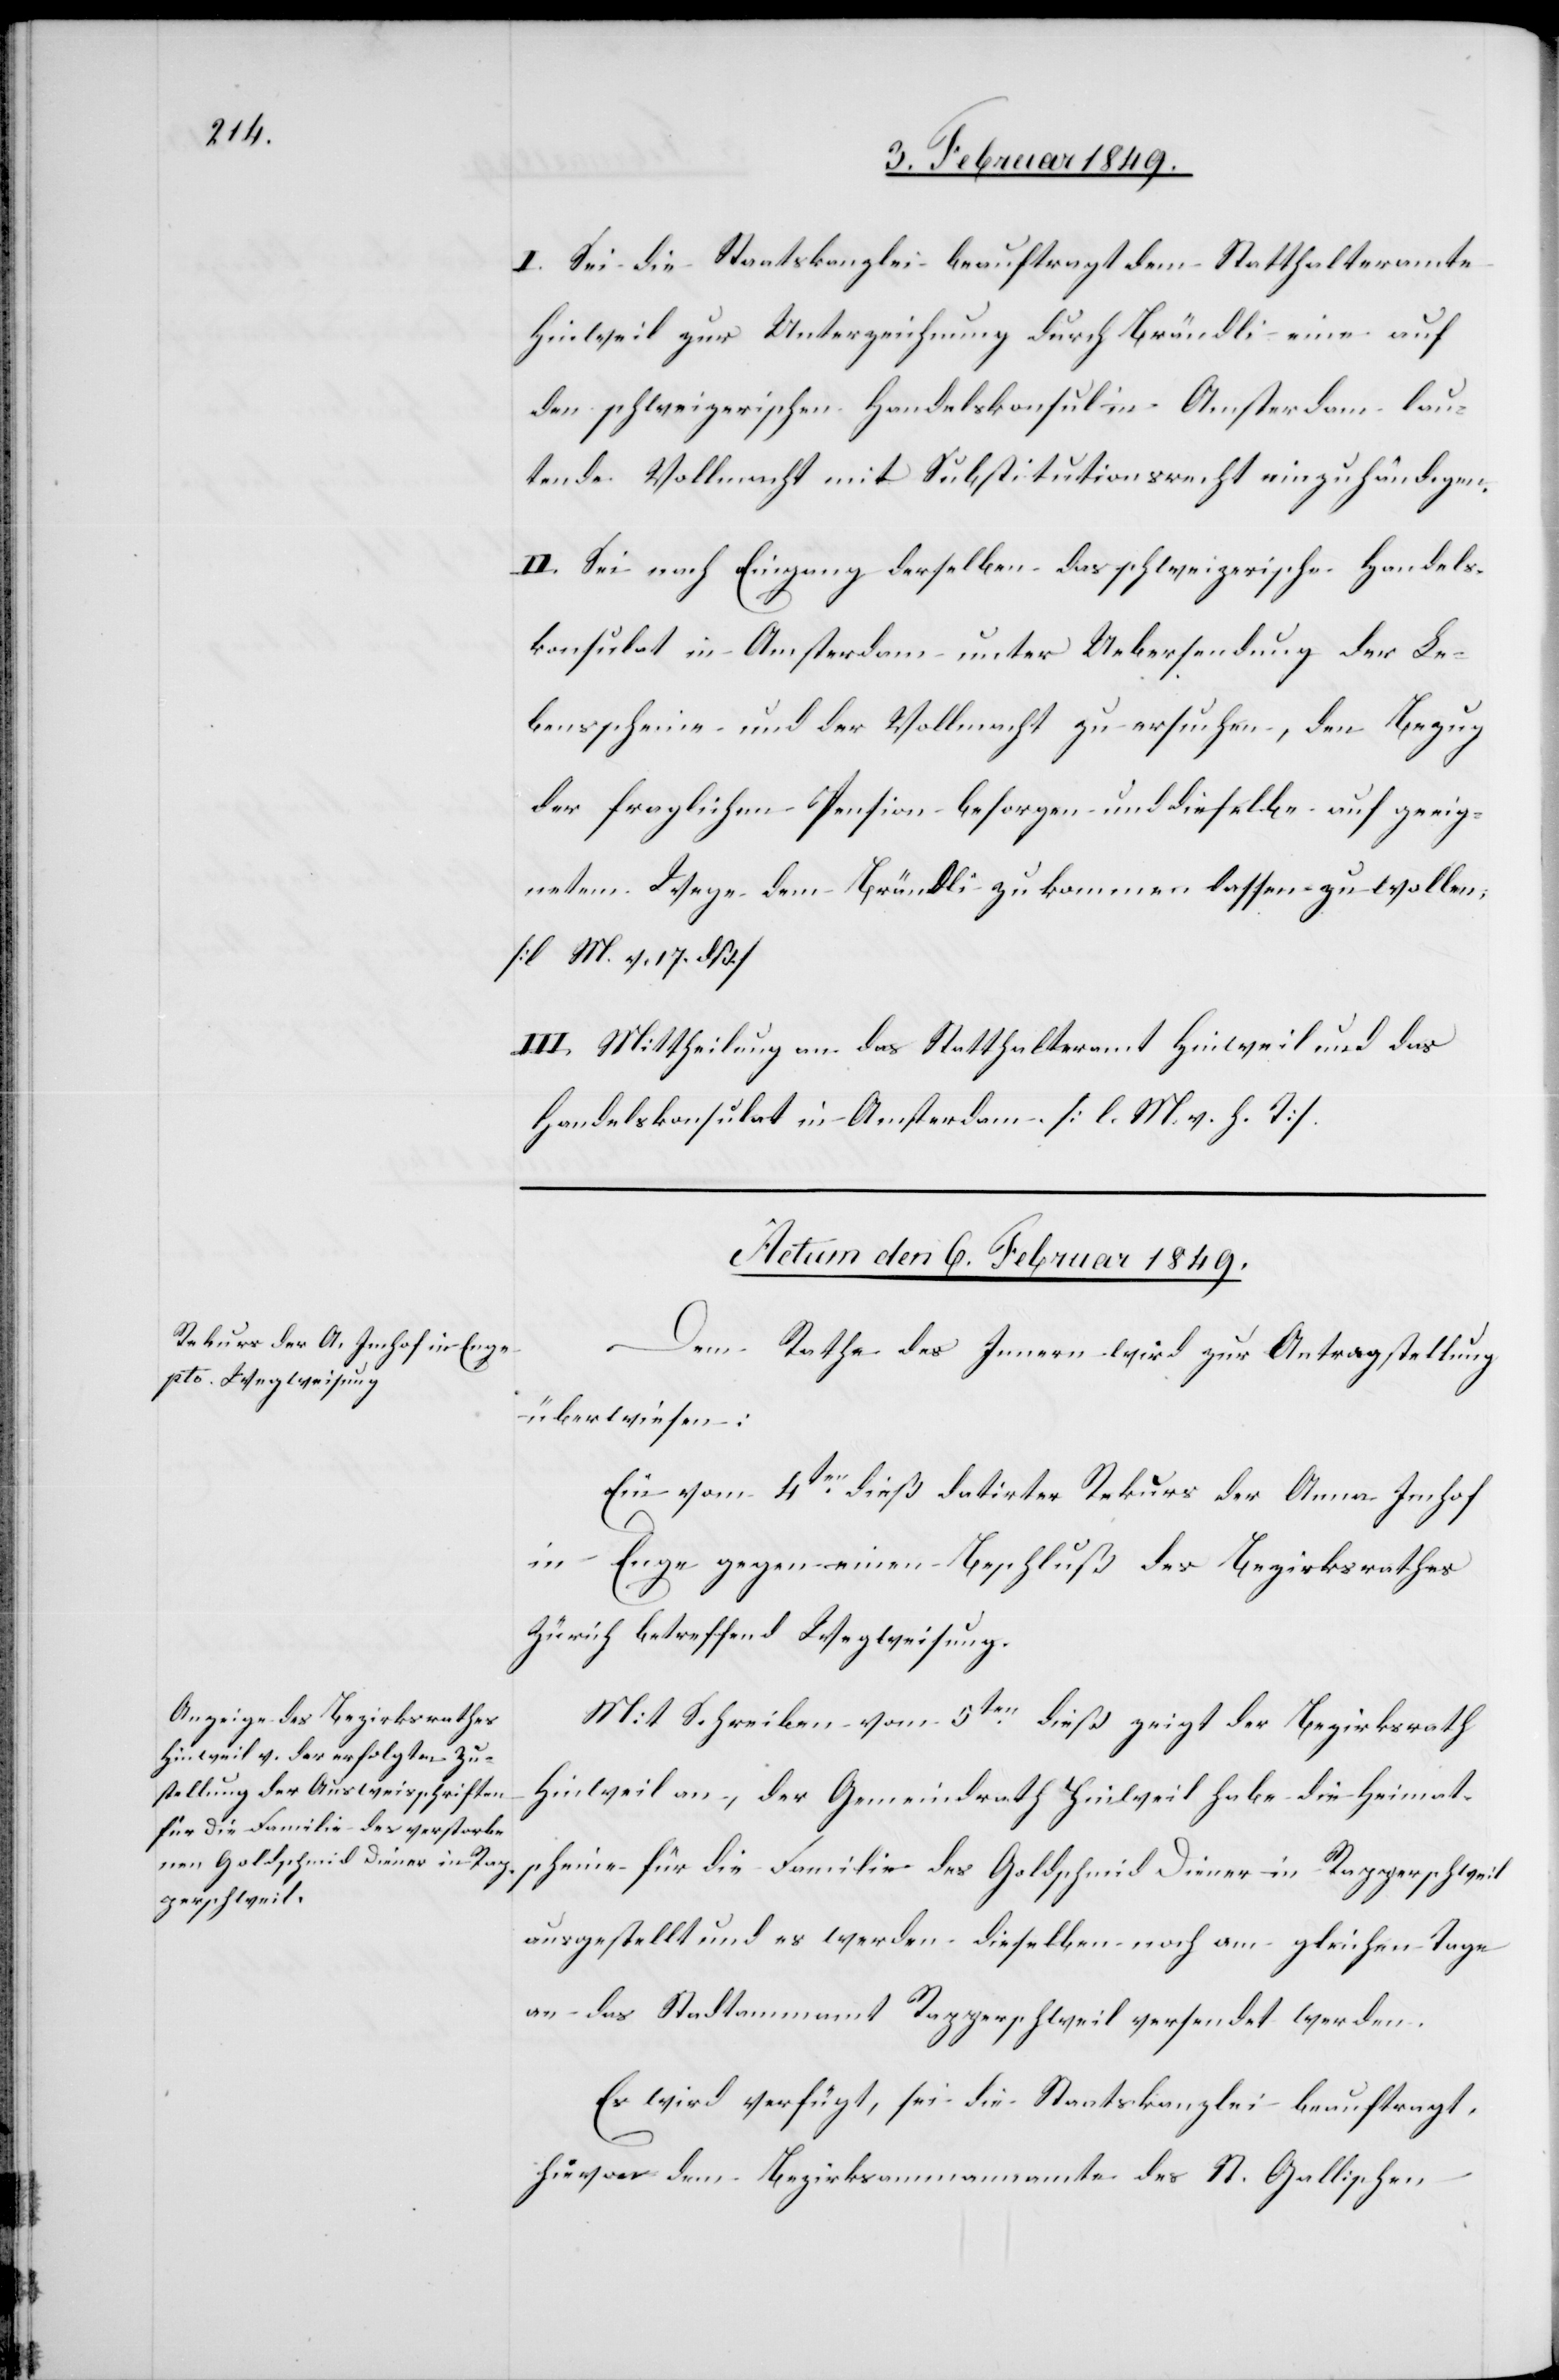
I. Sei die Staatskanzlei beauftragt dem Statthalteramte
Hinweil zur Unterzeichnung durch Brändli eine auf
den schweizerischen Handelskonsul in Amsterdam lau¬
tende Vollmacht mit Substitutionsrecht einzuhändigen.
II. Sei nach Eingang derselben das schweizerische Handels¬
konsulat in Amsterdam unter Uebersendung der Le¬
bensscheine und der Vollmacht zu ersuchen, den Bezug
der fraglichen Pension besorgen und dieselbe auf geeig¬
netem Wege dem Brändli zukommen lassen zu wollen;
[l M. v. 17. dß]
III. Mittheilung an das Statthalteramt Hinweil und das
Handelskonsulat in Amsterdam. [l. M. v. h. T]
Actum den 6. Februar 1849.]
Dem Rathe des Innern wird zur Antragstellung
überwiesen:
Ein vom 4ten. dieß datirter Rekurs der Anna Imhof
in Enge gegen einen Beschluß des Bezirksrathes
Zürich betreffend Wegweisung.
Mit Schreiben vom 5ten. dieß zeigt der Bezirksrath
Hinweil an, der Gemeindrath Hinweil habe die Heimat¬
scheine für die Familie des Goldschmid Diener in Rapperschweil
ausgestellt und es werden dieselben noch am gleichen Tage
an das Stadtamm[ann]amt Rapperschweil versendet werden.
Es wird verfügt, sei die Staatskanzlei beauftragt,
hievon dem Bezirksammannamte des St. Gallischen